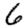
Digit: 6